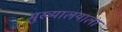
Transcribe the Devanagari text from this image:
मुख्यालयाला